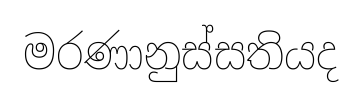
මරණානුස්සතියද